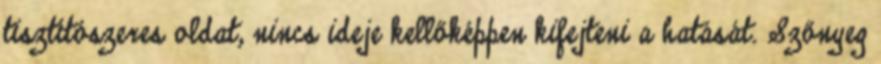
tisztítószeres oldat, nincs ideje kellőképpen kifejteni a hatását. Szőnyeg